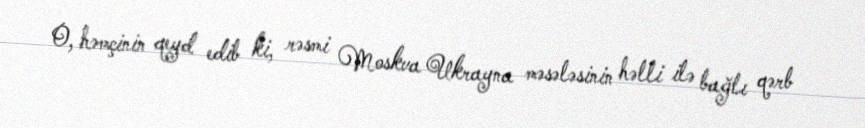
O, həmçinin qeyd edib ki, rəsmi Moskva Ukrayna məsələsinin həlli ilə bağlı qərb